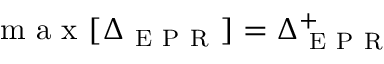
\mathrm { ~ m ~ a ~ x ~ } [ \Delta _ { \mathrm { ~ E ~ P ~ R ~ } } ] = \Delta _ { \mathrm { ~ E ~ P ~ R ~ } } ^ { + }